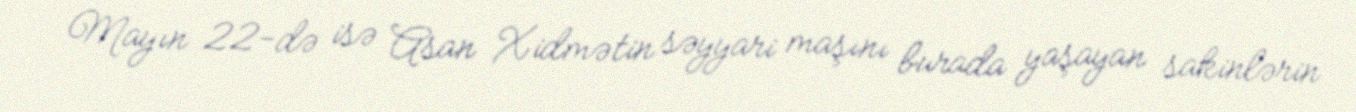
Mayın 22-də isə Asan Xidmətin səyyari maşını burada yaşayan sakinlərin